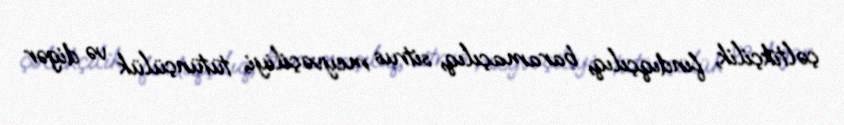
çəltikçilik, fındıqçılıq, baramaçılıq, sitrus meyvəçiliyi, tütünçülük və digər